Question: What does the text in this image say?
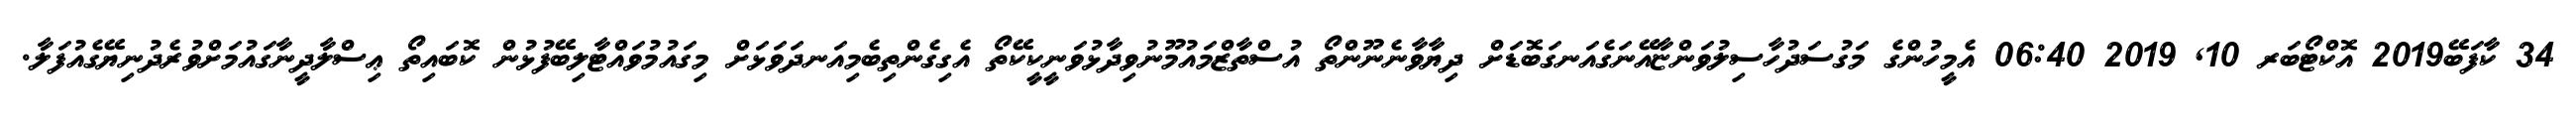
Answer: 34 ކާފަބޭ2019 އޮކްޓޯބަރ 10, 2019 06:40 އެމީހުންގެ މަގުސަދުހާސިލުވަންޏާއޭނަގެއަނގަބޮޑަށް ދިޔާވާނެނޫންތޯ އުސްތާޒްމައުމޫނުވިދާޅުވަނީކީކޭތޯ އެގިގެންތިބެމިއަނދަވަޅަށް މިގައުމުވައްޓާލިބޭފުޅުން ކޮބައިތޯ ޢިސްލާދީނާގައުމަށްވުރެދުނިޔޭގެއުފަލާ.